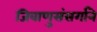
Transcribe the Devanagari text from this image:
जिवाणुसंसर्गाने